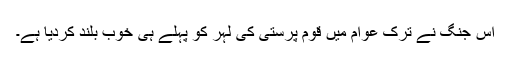
اس جنگ نے ترک عوام میں قوم پرستی کی لہر کو پہلے ہی خوب بلند کردیا ہے۔